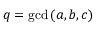
q = \operatorname* { g c d } { ( a , b , c ) }